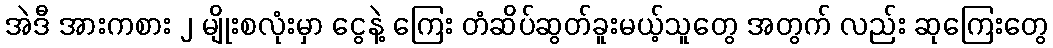
အဲဒီ အားကစား ၂ မျိုးစလုံးမှာ ငွေနဲ့ ကြေး တံဆိပ်ဆွတ်ခူးမယ့်သူတွေ အတွက် လည်း ဆုကြေးတွေ